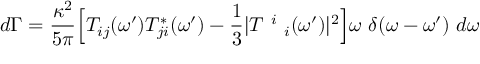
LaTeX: d \Gamma = \frac { \kappa ^ { 2 } } { 5 \pi } \Big [ T _ { i j } ( \omega ^ { \prime } ) T _ { j i } ^ { * } ( \omega ^ { \prime } ) - \frac { 1 } { 3 } | T ~ ^ { i } ~ _ { i } ( \omega ^ { \prime } ) | ^ { 2 } \Big ] \omega ~ \delta ( \omega - \omega ^ { \prime } ) ~ d \omega